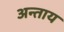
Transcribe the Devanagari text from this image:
अन्ताय